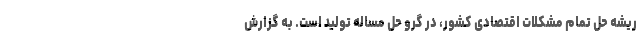
ریشه حل تمام مشکلات اقتصادی کشور، در گرو حل مساله تولید است. به گزارش